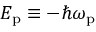
E _ { \mathrm { p } } \equiv - \hbar \omega _ { \mathrm { p } }